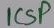
Text: ICSP